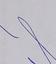
Signature authenticity: forged